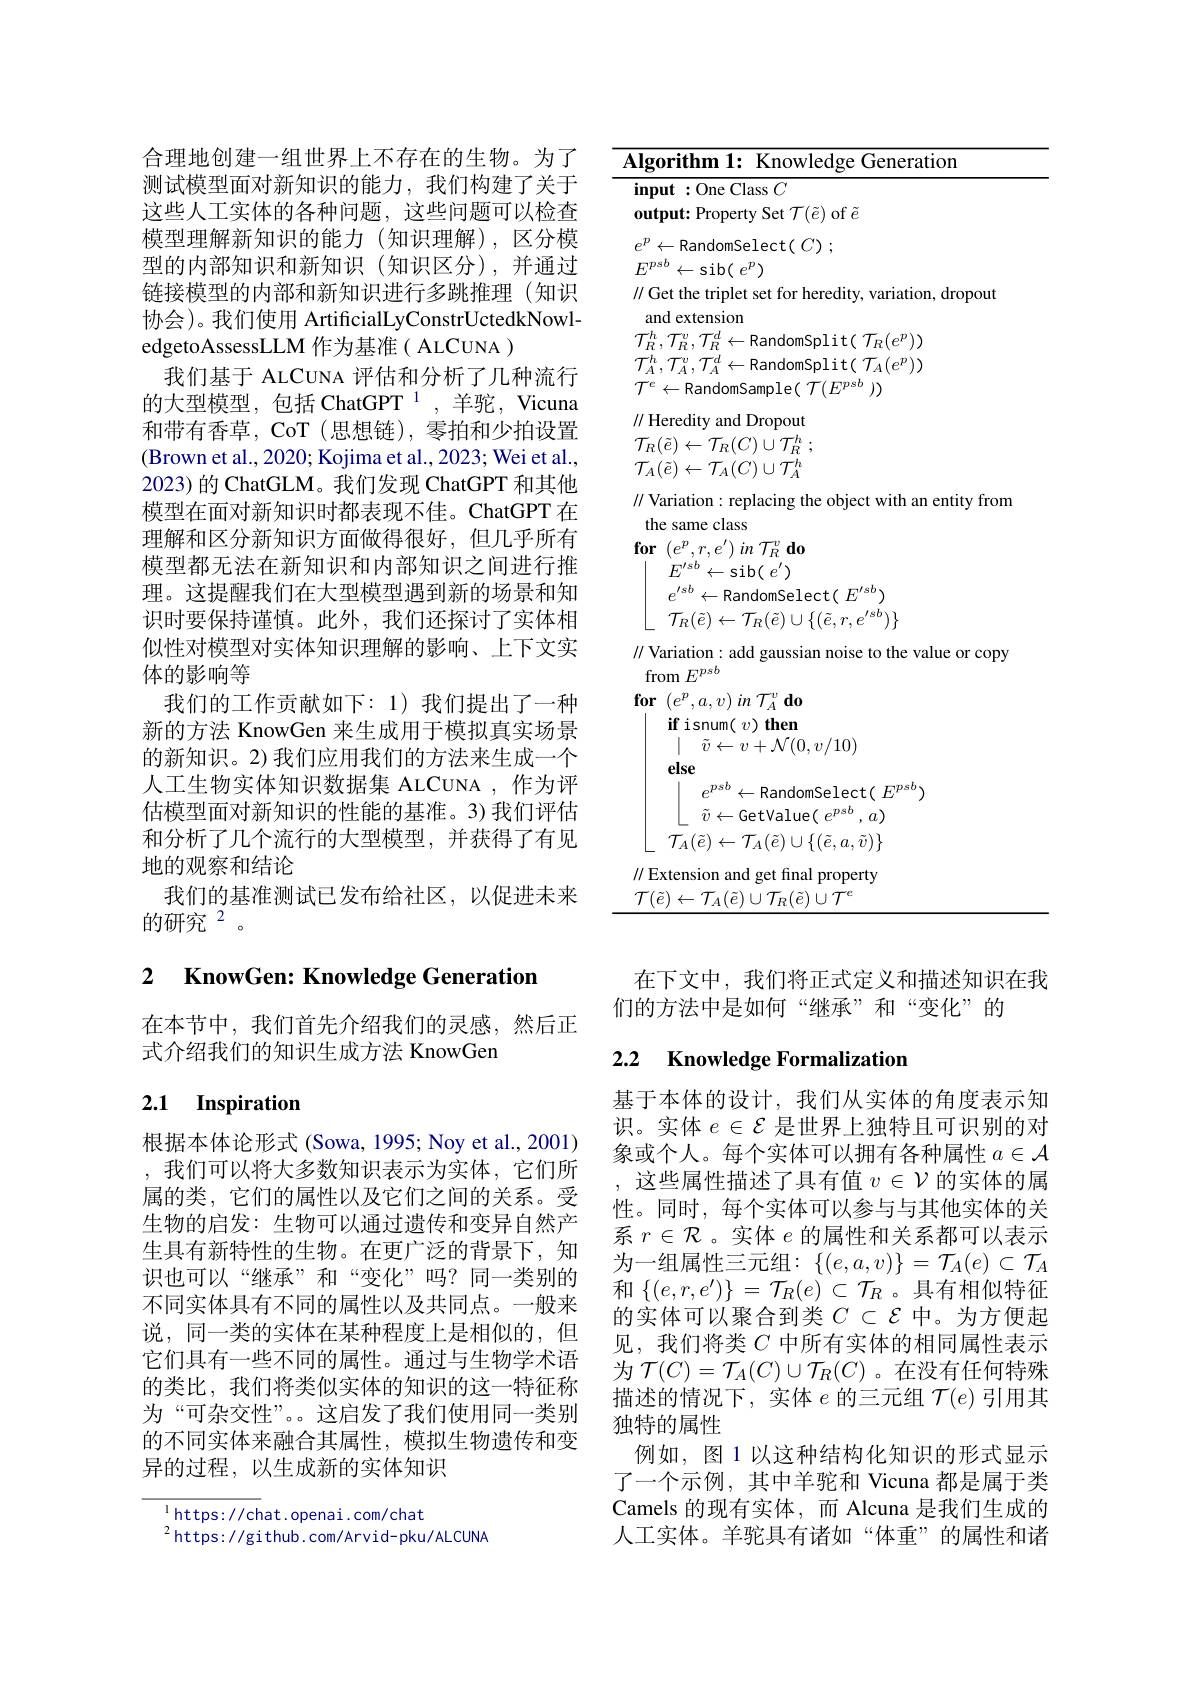
合理地创建一组世界上不存在的生物。为了测试模型面对新知识的能力，我们构建了关于这些人工实体的各种问题，这些问题可以检查模型理解新知识的能力(知识理解),区分模型的内部知识和新知识(知识区分),并通过链接模型的内部和新知识进行多跳推理(知识协会)。我们使用 ArtificialLyConstrUctedkNowledgetoAssessLLM 作为基准( ALCUNA )
我们基于 ALCUNA 评估和分析了几种流行的大型模型，包括 ChatGPT $^{1}$,羊驼，Vicuna 和带有香草，CoT (思想链), 零拍和少拍设置(Brown et al., 2020; Kojima et al., 2023; Wei et al., 2023) 的 ChatGLM。我们发现 ChatGPT 和其他模型在面对新知识时都表现不佳。ChatGPT 在理解和区分新知识方面做得很好，但几乎所有模型都无法在新知识和内部知识之间进行推理。这提醒我们在大型模型遇到新的场景和知识时要保持谨慎。此外，我们还探讨了实体相似性对模型对实体知识理解的影响、上下文实体的影响等
我们的工作贡献如下：1)我们提出了一种新的方法 KnowGen 来生成用于模拟真实场景的新知识。2) 我们应用我们的方法来生成一个人工生物实体知识数据集 ALCUNA ,作为评估模型面对新知识的性能的基准。3)我们评估和分析了几个流行的大型模型，并获得了有见地的观察和结论
我们的基准测试已发布给社区，以促进未来
的研究$^{2}$。

## 2 KnowGen: Knowledge Generation

在本节中，我们首先介绍我们的灵感，然后正
式介绍我们的知识生成方法 KnowGen

# 2.1 Inspiration

根据本体论形式 (Sowa, 1995; Noy et al., 2001) ,我们可以将大多数知识表示为实体，它们所属的类，它们的属性以及它们之间的关系。受生物的启发：生物可以通过遗传和变异自然产生具有新特性的生物。在更广泛的背景下，知识也可以“继承”和“变化”吗？同一类别的不同实体具有不同的属性以及共同点。一般来说，同一类的实体在某种程度上是相似的，但它们具有一些不同的属性。通过与生物学术语的类比，我们将类似实体的知识的这一特征称为“可杂交性”。。这启发了我们使用同一类别的不同实体来融合其属性，模拟生物遗传和变异的过程，以生成新的实体知识

$^{1}$https://chat.openai.com/chat
$^{2}$https://github.com/Arvid-pku/ALCUNA

${\mathbf{Algorithm~1:~Knowledge~Generation}}$
input :One Class $C$
output: Property Set $\mathcal{T}(\tilde{e})$ of $\tilde{e}$
$e^{p}\leftarrow$RandomSelect$( C)$ ;
$E^{psb}\leftarrow$sib( $e^p)$
$\|$ Get the triplet set for heredity, variation, dropout
and extension
$\mathcal{T}_{R}^{h},\mathcal{T}_{R}^{v},\mathcal{T}_{R}^{d}\leftarrow$RandomSplit$(\mathcal{T}_{R}(e^{p}))$ $\mathcal{T}_{A}^{h},\mathcal{T}_{A}^{v},\mathcal{T}_{A}^{d}\leftarrow$RandomSplit$(\mathcal{T}_{A}(e^{p}))$ ${\mathcal T}^{e}\leftarrow$RandomSample$(~{\mathcal T}(E^{psb}~))$
// Heredity and Dropout $\mathcal{T} _{R}( \tilde{e} ) \leftarrow \mathcal{T} _{R}( C) \cup \mathcal{T} _{R}^{h}$ ; $\mathcal{T}_A(\tilde{e})\leftarrow\mathcal{T}_A(C)\cup\mathcal{T}_A^h$ $\|$ Variation: replacing the object with an entity from
the same class
$\textbf{for}$ $( e^{p}, r, e^{\prime })$ $in$ $\mathcal{T} _{R}^{v}$ $\textbf{do}$
$E^{\prime sb}\leftarrow$sib( $e^{\prime })$
$e^{\prime sb}\leftarrow$RandomSelect$(E^\prime sb)$ $\mathcal{T}_R(\tilde{e})\leftarrow\mathcal{T}_R(\tilde{e})\cup\{(\tilde{e},r,e^{\prime sb})\}$
$\|$ Variation: add gaussian noise to the value or copy
from $E^{psb}$
$\textbf{for}$ $( e^{p}, a, v)$ in $\mathcal{T} _A^{v}\textbf{do}$
if isnum( $v)$ then
$\mid$ $\tilde{v} \leftarrow v+ \mathcal{N} ( 0, v/ 10)$
else
$e^{psb}\leftarrow$RandomSelect$(E^psb)$
$\lfloor\begin{array}{c}\tilde{v}\leftarrow\text{GetValue( }e^{psb},a)\end{array}$ $\mathcal{T}_A(\tilde{e})\leftarrow\mathcal{T}_A(\tilde{e})\cup\{(\tilde{e},a,\tilde{v})\}$
$\|$ Extension and get final property ${\mathcal{T}(\tilde{e})\leftarrow\mathcal{T}_{A}(\tilde{e})\cup\mathcal{T}_{R}(\tilde{e})\cup\mathcal{T}^{e}}$

在下文中，我们将正式定义和描述知识在我
们的方法中是如何“继承”和“变化”的

## 2.2 $\textbf{Knowledge Formalization}$

基于本体的设计，我们从实体的角度表示知识。实体$e\in\mathcal{E}$是世界上独特且可识别的对象或个人。每个实体可以拥有各种属性$a\in\mathcal{A}$ 这些属性描述了具有值$v\in\mathcal{V}$的实体的属性。同时，每个实体可以参与与其他实体的关系$r\in\mathcal{R}$ 。实体$e$的属性和关系都可以表示为一组属性三元组：$\{(e,a,v)\}=\mathcal{T}_A(e)\subset\mathcal{T}_A$ 和$\{(e,r,e^{\prime})\}=\mathcal{T}_R(e)\subset\mathcal{T}_R$ 。具有相似特征的实体可以聚合到类$C\subset\mathcal{E}$中。为方便起见，我们将类$C$中所有实体的相同属性表示为$\mathcal{T}(C)=\mathcal{T}_A(C)\cup\mathcal{T}_R(C)$。在没有任何特殊描述的情况下，实体$e$的三元组$\mathcal{T}(e)$引用其独特的属性
例如，图 1 以这种结构化知识的形式显示了一个示例，其中羊驼和 Vicuna 都是属于类Camels 的现有实体，而 Alcuna 是我们生成的人工实体。羊驼具有诸如“体重”的属性和诸